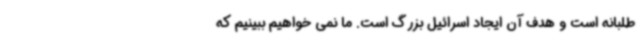
طلبانه است و هدف آن ایجاد اسرائیل بزرگ است. ما نمی خواهیم ببینیم که